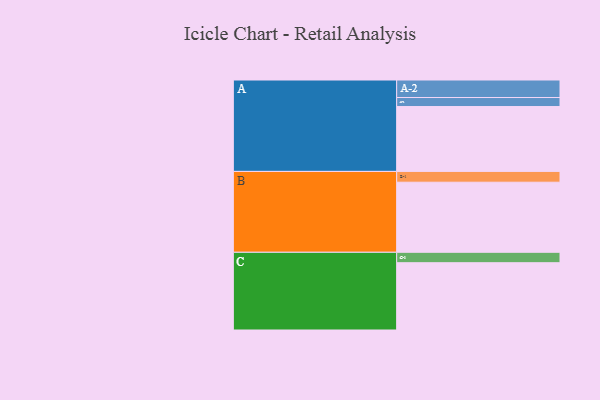
{"axis": {"x": "Segment", "y": "Value"}, "legend": ["", "A", "B", "C"], "data": [{"x": "A", "y": 511, "type": ""}, {"x": "B", "y": 552, "type": ""}, {"x": "C", "y": 530, "type": ""}, {"x": "A-1", "y": 71, "type": "A"}, {"x": "A-2", "y": 138, "type": "A"}, {"x": "B-1", "y": 85, "type": "B"}, {"x": "C-1", "y": 82, "type": "C"}]}